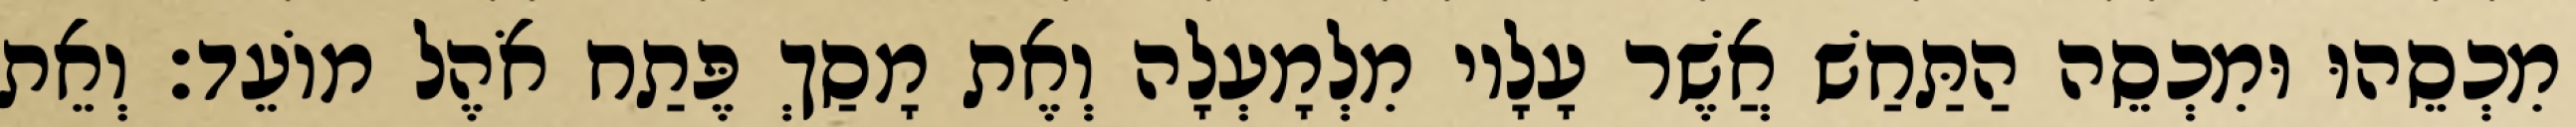
מִכְסֵהוּ וּמִכְסֵה הַתַּחַשׁ אֲשֶׁר עָלָיו מִלְמָעְלָה וְאֶת מָסַךְ פֶּתַח אֹהֶל מוֹעֵד׃ וְאֵת